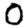
Digit: 0